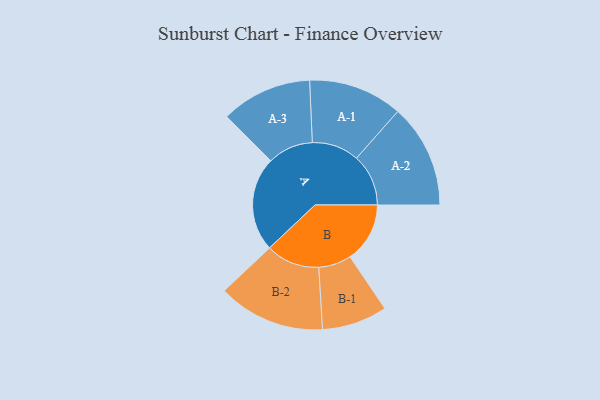
{"axis": {"x": "Segment", "y": "Value"}, "legend": ["", "A", "B"], "data": [{"x": "A", "y": 488, "type": ""}, {"x": "B", "y": 309, "type": ""}, {"x": "A-1", "y": 243, "type": "A"}, {"x": "A-2", "y": 268, "type": "A"}, {"x": "A-3", "y": 235, "type": "A"}, {"x": "B-1", "y": 169, "type": "B"}, {"x": "B-2", "y": 277, "type": "B"}]}